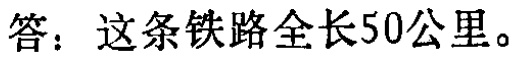
答：这条铁路全长50公里。